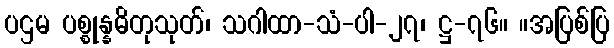
ပဌမ ပစ္စုန္နဓိတုသုတ်၊ သဂါထာ-သံ-ပါ-၂၇၊ ဋ္ဌ-၇၆။ ။အပြစ်ပြ